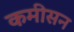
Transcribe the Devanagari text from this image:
कमीसन